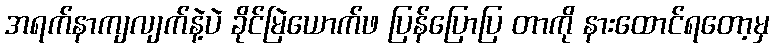
အရက်နာကျလျက်နဲ့ပဲ ခိုင်မြဲယောက်ဖ ပြန်ပြောပြ တာကို နားထောင်ရတော့မှ